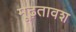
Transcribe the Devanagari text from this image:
मूढ़तावश